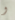
و